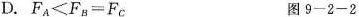
D.FA≤FB=Fc 图9-2-2